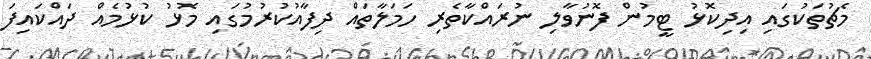
މެޗުތަކުގައި އިދިކޮޅު ޓީމުން ފޮނުވާލި ނުރައްކާތެރި ހަމަލާތައް ދިފާއުކުރުމުގައި މޮޅު ކުޅުމެއް ދައްކައިފަ